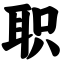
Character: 职